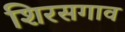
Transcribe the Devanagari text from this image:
शिरसगाव